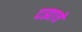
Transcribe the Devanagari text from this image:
दह्याचे